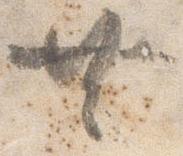
共